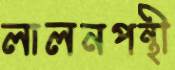
লালনপন্থী